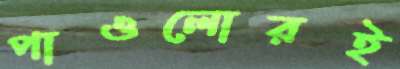
পাওলোরই